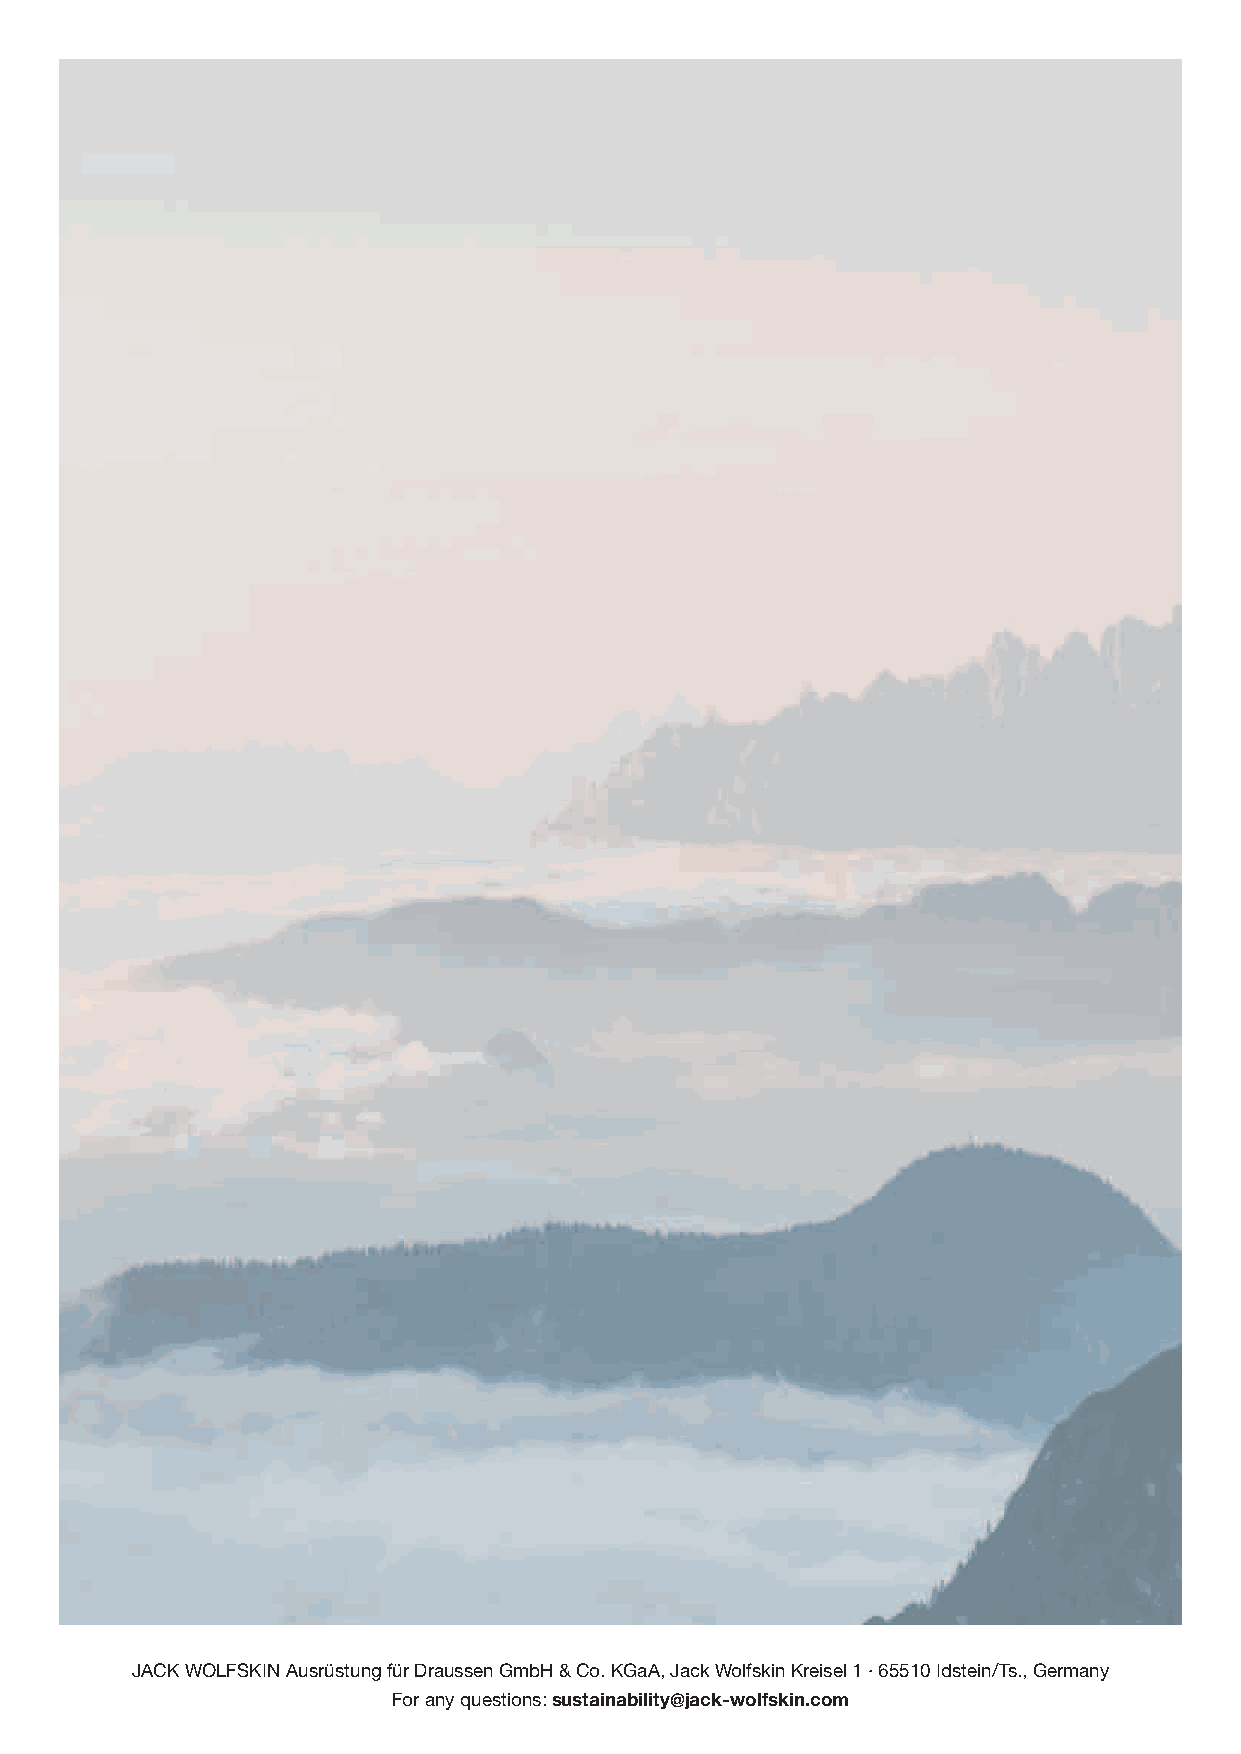
JACK WOLFSKIN Ausrüstung für Draussen GmbH & Co. KGaA, Jack Wolfskin Kreisel 1 ∙ 65510 Idstein/Ts., Germany
 For any questions: sustainability@jack-wolfskin.com